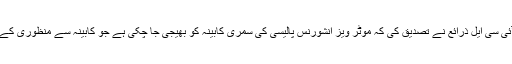
اس حوالے سے این آئی سی ایل ذرائع نے تصدیق کی کہ موٹر ویز انشورنس پالیسی کی سمری کابینہ کو بھیجی جا چکی ہے جو کابینہ سے منظوری کے بعد نافذالعمل ہوگی۔